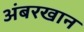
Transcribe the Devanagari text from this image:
अंबरखान